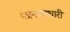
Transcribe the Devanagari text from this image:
पत्रनासाधारी